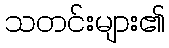
သတင်းများ၏